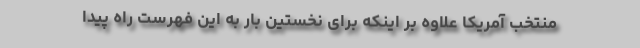
منتخب آمریکا علاوه بر اینکه برای نخستین بار به این فهرست راه پیدا